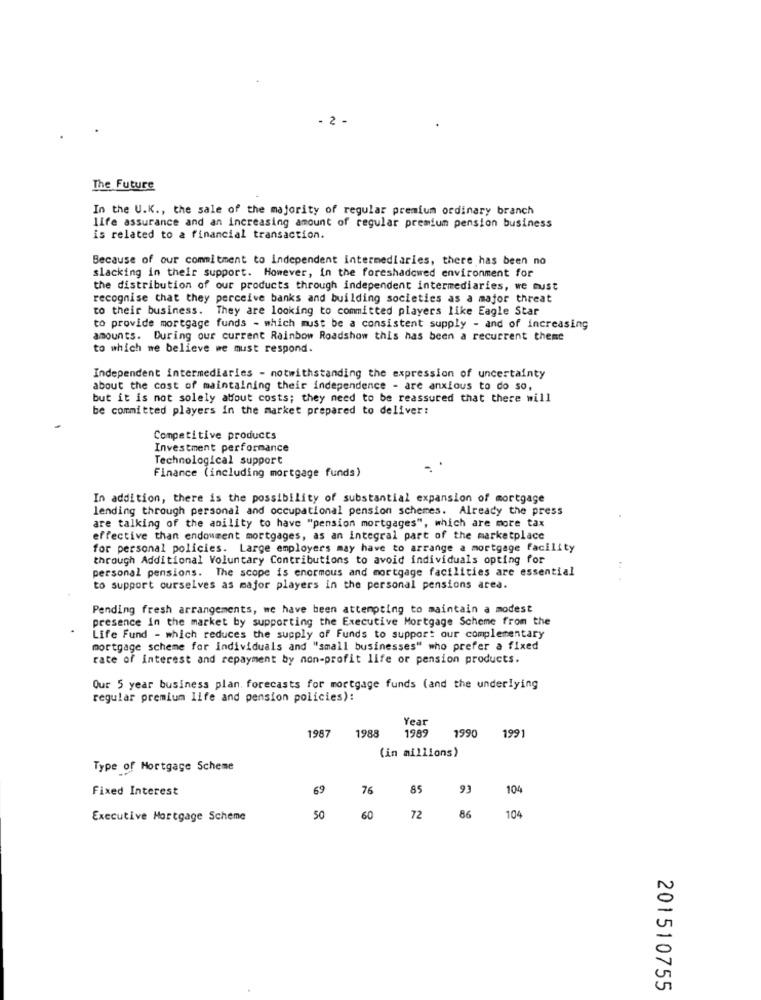
2 -
The Future
In the U.K ., the sale of the majority of regular premium ordinary branch
life assurance and an increasing amount of regular premium pension business
is related to a financial transaction.
Because of our commitment to independent intermediaries, there has been no
slacking in their support. However, in the foreshadowed environment for
the distribution of our products through independent intermediaries, we must
recognise that they perceive banks and building societies as a major threat
to their business. They are looking to committed players like Eagle Star
to provide mortgage funds - which must be a consistent supply - and of increasing
amounts. During our current Rainbow Roadshow this has been a recurrent theme
to which me believe we must respond.
Independent intermediaries - notwithstanding the expression of uncertainty
about the cost of maintaining their independence - are anxious to do so,
but it is not solely atfout costs; they need to be reassured that there will
be committed players in the market prepared to deliver:
Competitive products
Investment performance
Technological support
Finance (including mortgage funds)
In addition, there is the possibility of substantial expansion of mortgage
lending through personal and occupational pension schemes. Already the press
are talking of the ability to have "pension mortgages", which are more tax
effective than endowment mortgages, as an integral part of the marketplace
for personal policies. Large employers may have to arrange a mortgage facility
through Additional Voluntary Contributions to avoid individuals opting for
personal pensions. The scope is enormous and mortgage facilities are essential
to support ourselves as major players in the personal pensions area.
Pending fresh arrangements, we have been attempting to maintain a modest
presence in the market by supporting the Executive Mortgage Scheme from the
Life Fund - which reduces the supply of Funds to support our complementary
mortgage scheme for individuals and "small businesses" who prefer a fixed
rate of interest and repayment by non-profit life or pension products.
Our 5 year business plan. forecasts for mortgage funds (and the underlying
regular premium life and pension policies):
Year
1987
1988
1989
199
1990
(in millions)
Type of Mortgage Scheme
Fixed Interest
69
76
85 93
104
Executive Mortgage Scheme
50
60
72
86
104
201510755